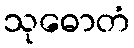
သုဓောတံ